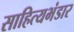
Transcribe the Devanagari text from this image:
साहित्यभंडार